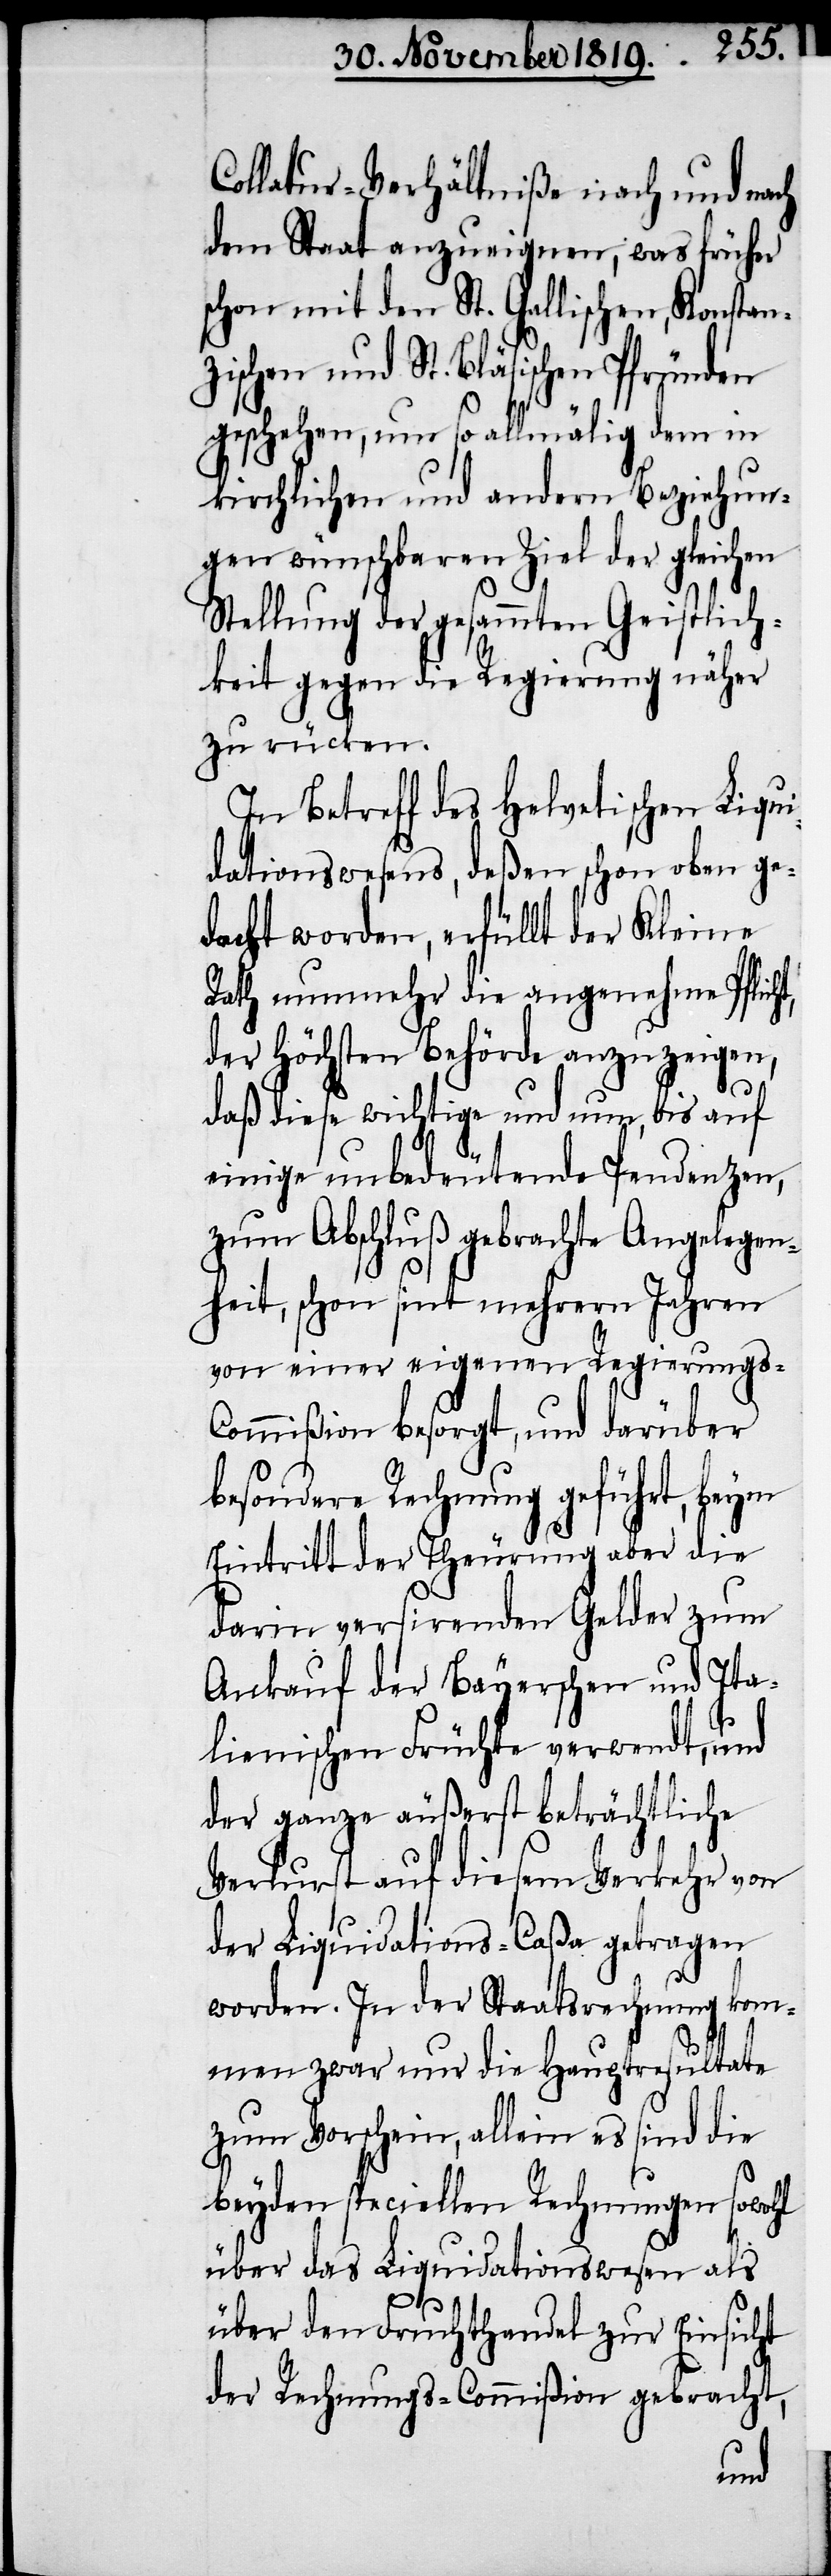
Collatur-Verhältniße nach und nach
dem Staat anzueignen, was früher
schon mit den St. Gallischen, Konstan¬
zischen und St. Bläsischen Pfründen
geschehen, um so allmälig dem in
kirchlichen und andern Beziehun¬
gen wünschbaren Ziel der gleichen
Stellung der gesammten Geistlich¬
keit gegen die Regierung näher
zu rücken.
In Betreff des Helvetischen Liqui¬
dationswesens, deßen schon oben ge¬
dacht worden, erfüllt der Kleine
Rath nunmehr die angenehme Pflicht,
der Höchsten Behörde anzuzeigen,
daß diese wichtige und nun, bis auf
einige unbedeutende Pendenzen,
zum Abschluß gebrachte Angelegen¬
heit, schon sint mehrern Jahren
von einer eigenen Regierungs-C¬
ommißion besorgt, und darüber
besondere Rechnung geführt, beym
Eintritt der Theurung aber die
darin versirenden Gelder zum
Ankauf der Bayerschen und Ita¬
lienischen Früchte verwendt, und
der ganze äußerst beträchtliche
Verlurst auf diesem Verkehr von
der Liquidations-Caßa getragen
worden. In der Staatsrechnung kom¬
men zwar nur die Hauptresultate
zum Vorschein, allein es sind die
beyden speciellen Rechnungen sowohl
über das Liquidatonswesen als
über den Fruchthandel zur Einsicht
der Rechnungs-Commißion gebracht,